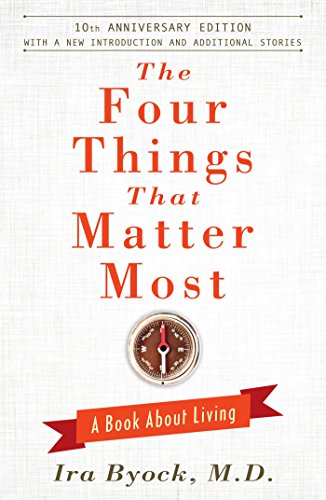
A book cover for The Four Things That Matter Most - 10th Anniversary Edition: A Book About Living; M.D. Ira Byock M.D.; Self-Help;